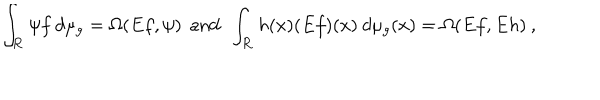
\int _ { \bf R } \psi f \: d \mu _ { g } = \Omega ( E f , \psi ) \: \: \mathrm { a n d } \: \: \int _ { \bf R } h ( x ) ( E f ) ( x ) \: d \mu _ { g } ( x ) = \Omega ( E f , E h ) \: ,